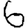
Digit: 6